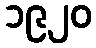
၁၉၂၀